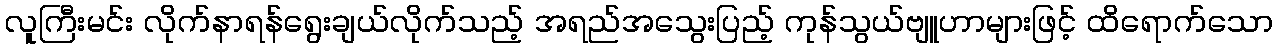
လူကြီးမင်း လိုက်နာရန်ရွေးချယ်လိုက်သည့် အရည်အသွေးပြည့် ကုန်သွယ်ဗျူဟာများဖြင့် ထိရောက်သော